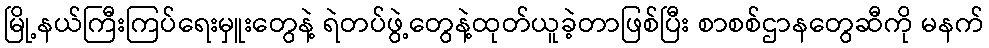
မြို့နယ်ကြီးကြပ်ရေးမှူးတွေနဲ့ ရဲတပ်ဖွဲ့တွေနဲ့ထုတ်ယူခဲ့တာဖြစ်ပြီး စာစစ်ဌာနတွေဆီကို မနက်